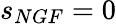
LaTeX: s_{NGF}=0